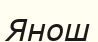
Янош